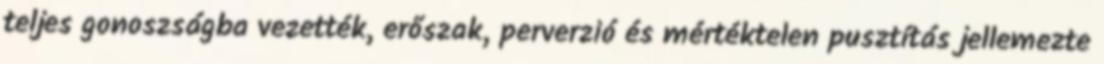
teljes gonoszságba vezették, erőszak, perverzió és mértéktelen pusztítás jellemezte